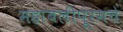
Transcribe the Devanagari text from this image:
महाबलीपूरमचे